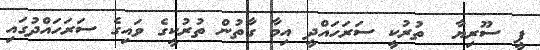
ޕީ ސޫރިޔާ  ތުރުކީ ސަރަހައްދީ އިމާ ގާތުން ތުރުކީގެ ވައިގެ ސަރަހައްދުގައި